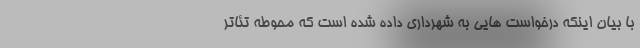
با بیان اینکه درخواست هایی به شهرداری داده شده است که محوطه تئاتر